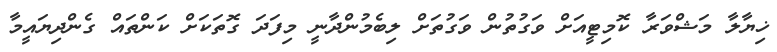
ޚިޔާލާ މަޝްވަރާ ކޮމިޓީއަށް ވަގުތުން ވަގުތަށް ލިބެމުންދާނީ މިފަދަ ގޮތަކަށް ކަންތައް ގެންދިޔައީމާ